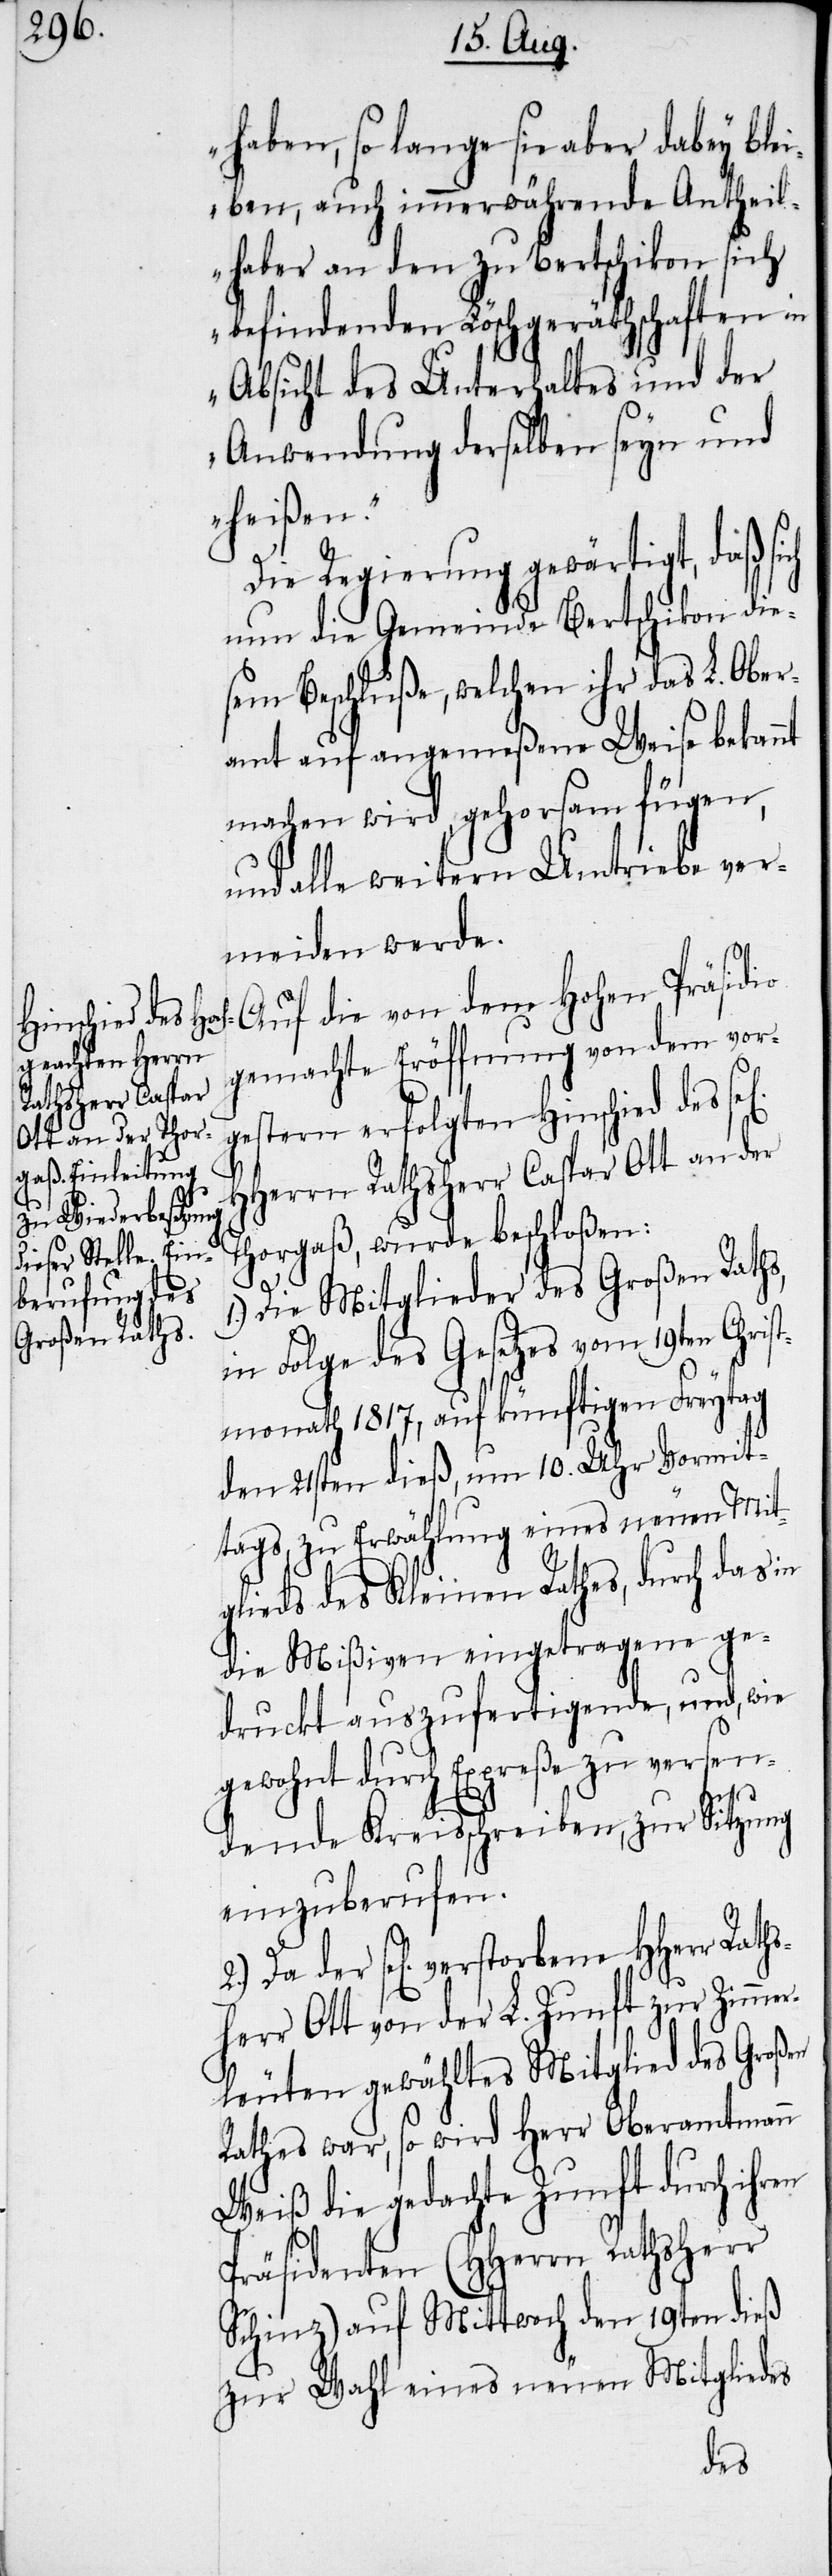
haben, so lange sie aber dabey ble¬
iben, auch immerwährende Antheil¬
haber an den zu Bertschikon sich
befindenden Löschgeräthschaften in
Absicht des Unterhaltes und der
Anwendung derselben seyn und
heißen.“
Die Regierung gewärtigt, daß sich
nun die Gemeinde Bertschikon die¬
sem Beschluße, welchen ihr das L. Ober¬
amt auf angemeßene Weise bekannt
machen wird, gehorsam fügen,
und alle weitern Umtriebe ver¬
meiden werde.
Auf die von dem Hohen Präsidio
gemachte Eröffnung von dem vor¬
gestern erfolgten Hinschied des
HHerrn Rathsherr Caspar Ott an der
Thorgaß, wurde beschloßen:
Die Mitglieder des Großen Raths,
in Folge des Gesetzes vom 19ten Chri¬
stmonath 1817, auf künftigen Freytag
den 21sten dieß, um 10. Uhr Vormit¬
tags, zu Erwählung eines neuen Mit¬
glieds des Kleinen Rathes, durch das
die Mißiven eingetragene ge¬
druckt auszufertigende, und, wie
gewohnt durch Expreße zu versen¬
dende Kreisschreiben, zur Sitzung
einzuberufen.
Da der se[lig] verstorbene HHerr Raths¬
herr Ott von der L. Zunft zur Zimme¬
rleuten gewähltes Mitglied des Großen
Rathes war, so wird Herr Oberamtmann
Weiß die gedachte Zunft durch ihren
Präsidenten (HHerrn Rathsherr
Schinz) auf Mittwoch den 19ten dieß
zur Wahl eines neuen Mitgliedes